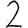
Digit: 2